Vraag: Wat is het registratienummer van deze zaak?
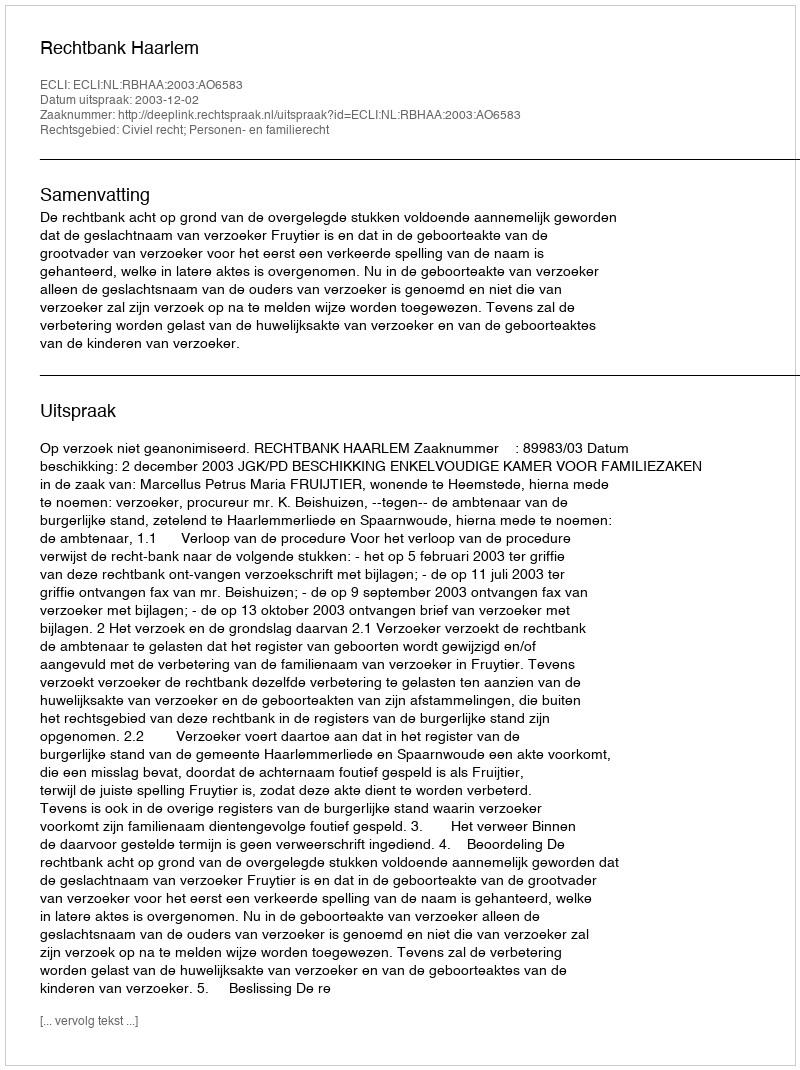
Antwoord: http://deeplink.rechtspraak.nl/uitspraak?id=ECLI:NL:RBHAA:2003:AO6583